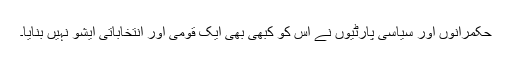
حکمرانوں اور سیاسی پارٹیوں نے اس کو کبھی بھی ایک قومی اور انتخاباتی ایشو نہیں بنایا۔